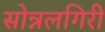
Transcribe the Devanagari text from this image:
सोन्नलगिरी